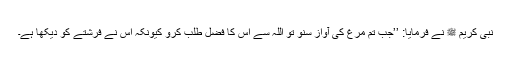
نبی کریم ﷺ نے فرمایا: ’’جب تم مرغ کی آواز سنو تو اللہ سے اس کا فضل طلب کرو کیونکہ اس نے فرشتے کو دیکھا ہے۔